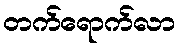
တက်ရောက်လာ